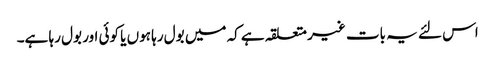
اس لئے یہ بات غیر متعلقہ ہے کہ میں بول رہا ہوں یا کوئی اور بول رہا ہے۔